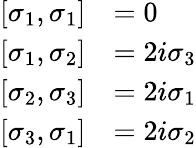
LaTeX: {\begin{array}{rl}{\left[\sigma_{1},\sigma_{1}\right]}&{=0}\\ {\left[\sigma_{1},\sigma_{2}\right]}&{=2i\sigma_{3}}\\ {\left[\sigma_{2},\sigma_{3}\right]}&{=2i\sigma_{1}}\\ {\left[\sigma_{3},\sigma_{1}\right]}&{=2i\sigma_{2}}\end{array}}